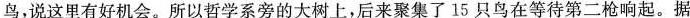
鸟，说这里有好机会。所以哲学系旁的大树上，后来聚集了15只鸟在等待第二枪响起。据